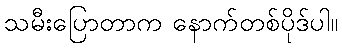
သမီးပြောတာက နောက်တစ်ပိုဒ်ပါ။